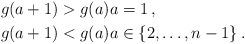
LaTeX: \begin{align*}g(a+1) &> g(a) a=1\,,\\g(a+1) &< g(a) a \in \{2,\dots,n-1\}\,.\end{align*}